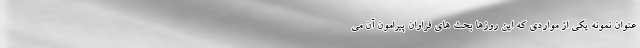
عنوان نمونه یکی از مواردی که این روزها بحث های فراوان پیرامون آن می